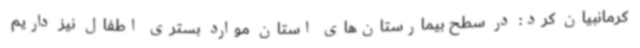
کرمانبیان کرد: در سطح بیمارستان‌های استان موارد بستری اطفال نیز داریم